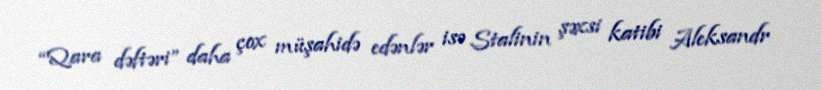
“Qara dəftəri” daha çox müşahidə edənlər isə Stalinin şəxsi katibi Aleksandr